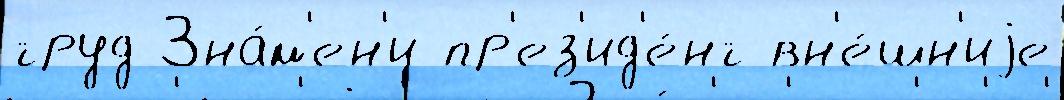
труд Зна́м'ен'и пр'ез'ид'е́нт вн'е́шн'иjе